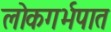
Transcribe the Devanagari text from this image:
लोकगर्भपात